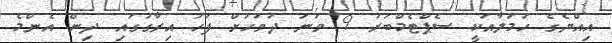
އިއްޔެގެ ހަމަލާއަކީ ސެޕްޓެމްބަރު 9 ވަނަ ދުވަހަށް ފަހު އިރާގުގައި ދިން އެންމެ